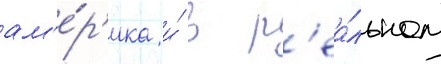
ам'е́р'ика и́ в р'еа́льном